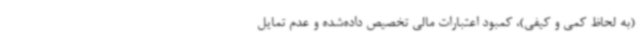
(به لحاظ کمی و کیفی)، کمبود اعتبارات مالی تخصیص داده‌شده و عدم تمایل